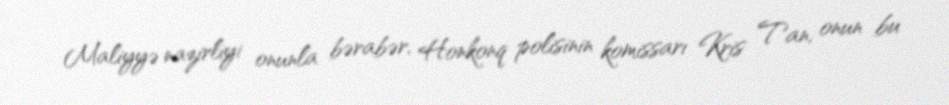
Maliyyə nazirliyi onunla bərabər, Honkonq polisinin komissarı Kris Tan, onun bu